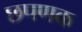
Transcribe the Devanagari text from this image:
छपणक